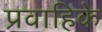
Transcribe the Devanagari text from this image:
प्रवाहिके